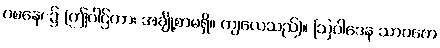
ဝစနေ၊ ၌ (ဤပါဌ်ကား အချို့စာမရှိ။ ကျလေသည်)။ ဩဝါဒေန သာဝကေ